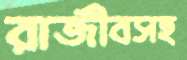
রাজীবসহ